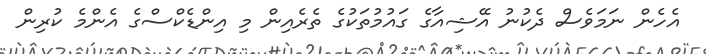
އެހެން ނަމަވެސް ދެކުނު އޭޝިއާގެ ގައުމުތަކުގެ ތެރެއިން މި އިންޑެކްސްގެ އެންމެ ކުރިން